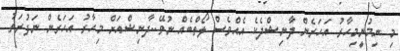
މި ނިމުނީމިހާރު އަހަރެން ދާނިޝްދެކެ އެއްވެސް ލޯތްބެއް ނުވޭ..ދާނިޝްއަށް މިހާރު އަހަރެންް ނަފުރަތު